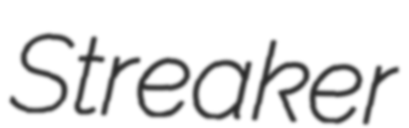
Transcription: Streaker